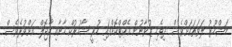
މަޝްހޫރު ލަވަތަކަށްވެސް ދިވެހި ޒުވާނުން އެކްޓްކޮށްފައި ހުރީ ޝާހުރުކް ހާނާއި ކާޖޮލް އަށްވުރެވެސް